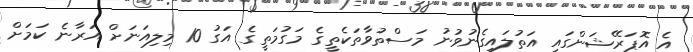
އެ އޮޕަރޭޝަންގައި އަތުލައިގެނުވުނު މަސްތުވާތަކެތީގެ މަގުމަތީގެ އަގު 10 މިލިއަނަށް އަރާނެ ކަމަށް